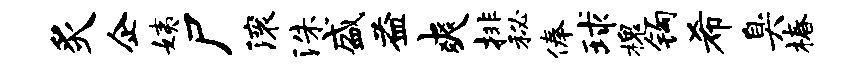
炙企姨尸滚洙盛益爽排秘俸球槐钩希臭椿